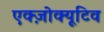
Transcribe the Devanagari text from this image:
एक्ज़ोक्यूटिव